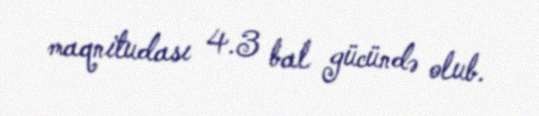
maqnitudası 4.3 bal gücündə olub.